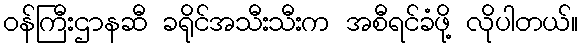
ဝန်ကြီးဌာနဆီ ခရိုင်အသီးသီးက အစီရင်ခံဖို့ လိုပါတယ်။